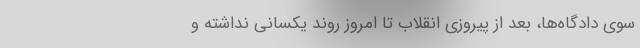
سوی دادگاه‌ها، بعد از پیروزی انقلاب تا امروز روند یکسانی نداشته و